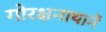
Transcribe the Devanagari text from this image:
गोरक्षनाथानें